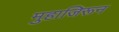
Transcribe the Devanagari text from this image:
मुहाजिरून